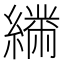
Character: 𦅧